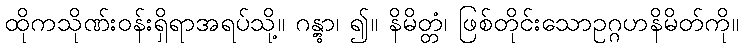
ထိုကသိုဏ်းဝန်းရှိရာအရပ်သို့။ ဂန္တွာ၊ ၍။ နိမိတ္တံ၊ ဖြစ်တိုင်းသောဥဂ္ဂဟနိမိတ်ကို။